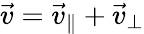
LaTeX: {\vec{v}}={\vec{v}}_{\parallel}+{\vec{v}}_{\perp}